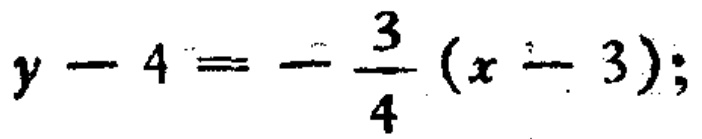
$y - 4 = - \frac{3}{4} (x - 3);$